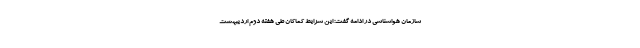
سازمان هواشناسی در ادامه گفت: این شرایط کماکان طی هفته دوم اردیبهشت